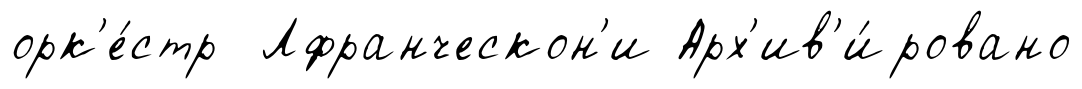
орк'е́стр Лфранческон'и Арх'ив'и́ровано